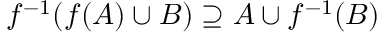
f ^ { - 1 } ( f ( A ) \cup B ) \supseteq A \cup f ^ { - 1 } ( B )